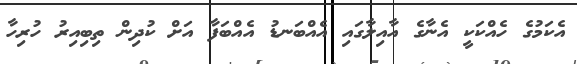
އެކަމުގެ ހެއްކަކީ އެނާގެ އާއިލާގައި އެއްބަނޑު އެއްބަފާ އަށް ކުދިން ތިބިއިރު ހުރިހާ